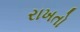
રાખતો